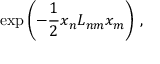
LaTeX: \exp \left( { - \frac { 1 } { 2 } x _ { n } L _ { n m } x _ { m } } \right) \, ,